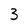
Character: 3